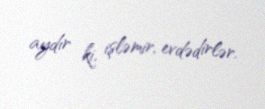
aydır ki, işləmir, evdədirlər.